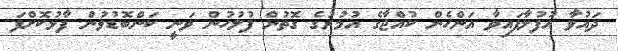
ދައުވާ އުފުލާފައިވާ އަންހެން ކުއްޖާގެ އުމުރުގެ ގޮތުން ފުލުހުން ވަނީ ކަންބޮޑުވުން ފާޅުކޮށްފަ